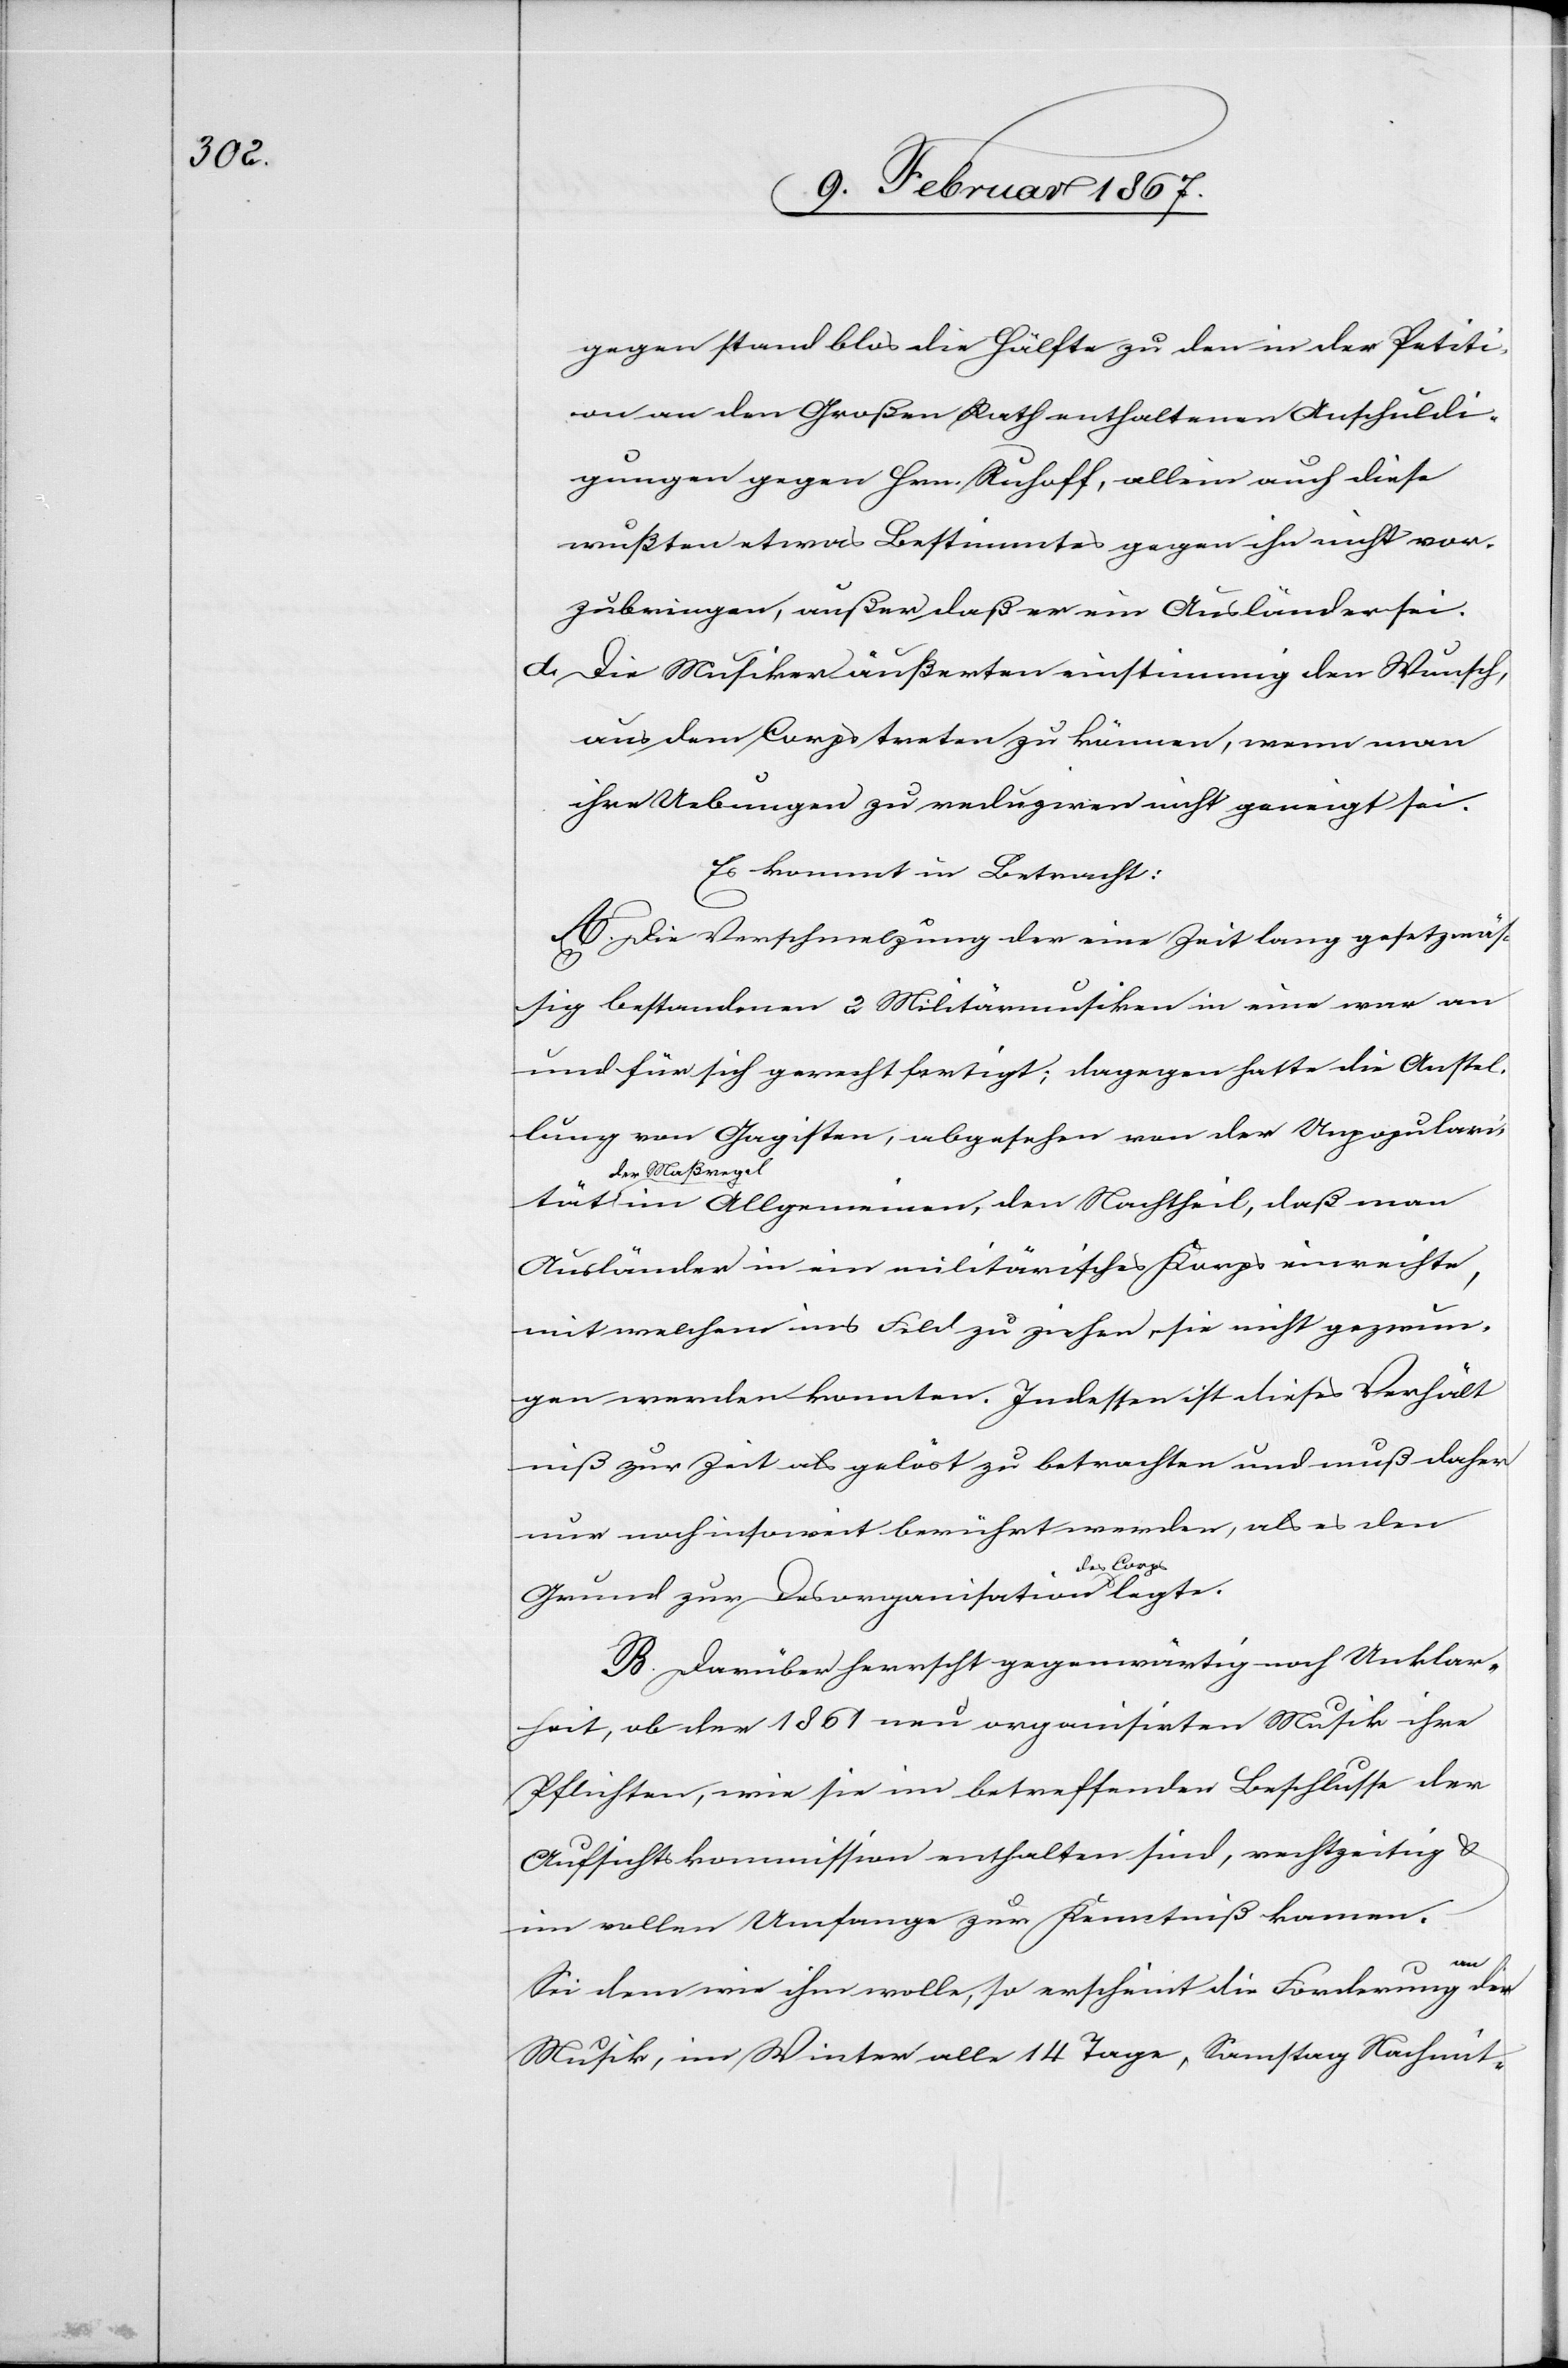
tät

gegen stand blos die Hälfte zu den in der Petiti¬
on an den Großen Rath enthaltenen Anschuldi¬
gungen gegen Hrn. Ruloff, allein auch diese
wußten etwas Bestimmtes gegen ihn nicht vor¬
zubringen, außer daß er ein Ausländer sei.
d.	Die Musiker äußerten einstimmig den Wunsch,
aus dem Corps treten zu können, wenn man
ihre Uebungen zu reduziren nicht geneigt sei.
Es kommt in Betracht:
A. Die Verschmelzung der eine Zeit lang gesetzmäs¬
sig bestandenen 2 Militärmusiken in eine war an
und für sich gerecht fertigt; dagegen hatte die Anstel¬
lung von Gagisten, abgesehen von der Unpopulari¬
der Maßrege¬
l im Allgemeinen, den Nachtheil, daß man
Ausländer in ein militärisches Korps einreichte,
mit welchem ins Feld zu ziehen sie nicht gezwun¬
gen werden konnten. Indessen ist dieses Verhält¬
niß zur Zeit als gelöst zu betrachten und muß daher
nur noch insoweit berührt werden, als es den
Grund zur Desorganisation des
B. Darüber herrscht gegenwärtig noch Unklar¬
heit, ob der 1861 neu organisirten Musik ihre
Pflichten, wie sie im betreffenden Beschlusse der
Aufsichtskommission enthalten sind, rechtzeitig u.
im vollen Umfange zur Kenntniß kamen.
Sei dem wie ihm wolle, so erscheint die Forderung an
Musik, im Winter alle 14 Tage, Samstag Nachmit-